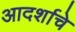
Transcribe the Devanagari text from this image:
आदर्शाचे